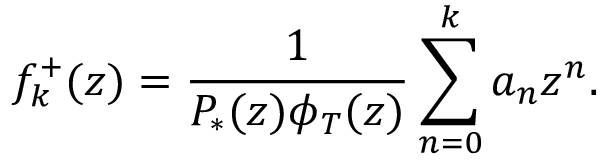
f _ { k } ^ { + } ( z ) = \frac { 1 } { P _ { * } ( z ) \phi _ { T } ( z ) } \sum _ { n = 0 } ^ { k } { a _ { n } z ^ { n } } .